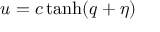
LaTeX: u = c \operatorname { t a n h } ( q + \eta )